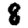
Digit: 8